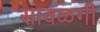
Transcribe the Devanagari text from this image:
सावळगी